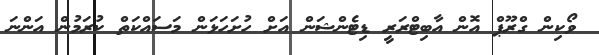
ވޯކިން ގްރޫޕް އޮން އާބިޓްރަރީ ޑިޓެންޝަން އަށް ހުށަހަޅަން މަސައްކަތް ކުރަމުން އަންނަ